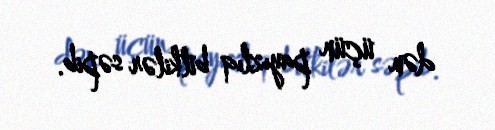
dən üçün payızlıq bitkilər səpib.